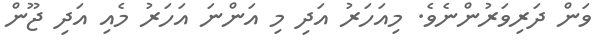
ވަން ދަރިވަރުންނެވެ. މިއަހަރު އަދި މި އަންނަ އަހަރު މެއި އަދި ޖޫން